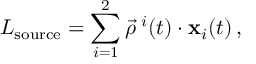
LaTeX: L _ { \mathrm { s o u r c e } } = \sum _ { i = 1 } ^ { 2 } \vec { \rho } ^ { \, \, i } ( t ) \cdot { \bf \vec { x } } _ { i } ( t ) \, ,